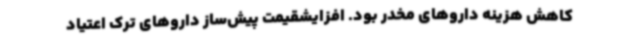
کاهش هزینه داروهای مخدر بود. افزایشقیمت پیش‌ساز داروهای ترک اعتیاد